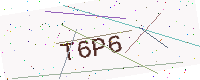
Text: T6P6